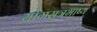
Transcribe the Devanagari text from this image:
योगसूत्रभाष्य